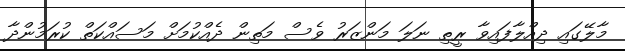
މާލޭގައި ދިއްލާފައިވާ ރީތި ނަލަ މަންޒަރު ވެސް މަތިން ދެއްކުމަށް މަސައްކަތް ކުރަމުންދާ